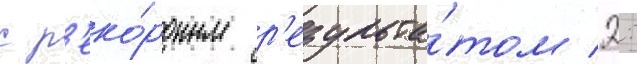
с р'еко́рдным р'езульта́том 2: